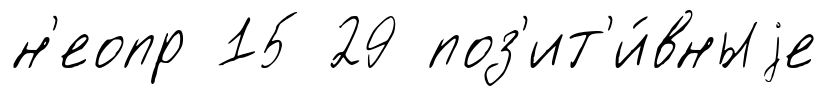
н'еопр 15 29 поз'ит'и́вныjе